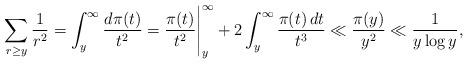
LaTeX: \begin{align*}\sum_{r \geq y} \frac{1}{r^2} = \int_y^{\infty}\frac{d\pi(t)}{t^2} = \frac{\pi(t)}{t^2} \Bigg|_y^{\infty} + 2 \int_y^{\infty} \frac{\pi(t)\,dt}{t^3}\ll \frac{\pi(y)}{y^2} \ll \frac{1}{y \log y} ,\end{align*}